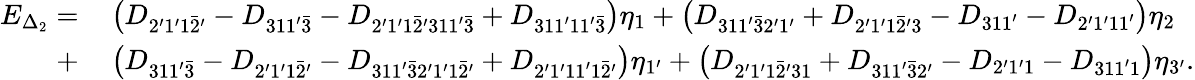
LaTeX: \begin{array}{rl}{E_{\Delta_{2}}=}&{{}\left({{D_{2^{\prime}1^{\prime}1\bar{2}^{\prime}}}-{D_{311^{\prime}\bar{3}}}-{D_{2^{\prime}1^{\prime}1\bar{2}^{\prime}311^{\prime}\bar{3}}}+{D_{311^{\prime}11^{\prime}\bar{3}}}}\right){\eta_{1}}+\left({{D_{311^{\prime}\bar{3}2^{\prime}1^{\prime}}}+{D_{2^{\prime}1^{\prime}1\bar{2}^{\prime}3}}-{D_{311^{\prime}}}-{D_{2^{\prime}1^{\prime}11^{\prime}}}}\right){\eta_{2}}}\\ {+}&{{}\left({{D_{311^{\prime}\bar{3}}}-{D_{2^{\prime}1^{\prime}1\bar{2}^{\prime}}}-{D_{311^{\prime}\bar{3}2^{\prime}1^{\prime}1\bar{2}^{\prime}}}+{D_{2^{\prime}1^{\prime}11^{\prime}1\bar{2}^{\prime}}}}\right){\eta_{1^{\prime}}}+\left({{D_{2^{\prime}1^{\prime}1\bar{2}^{\prime}31}}+{D_{311^{\prime}\bar{3}2^{\prime}}}-{D_{2^{\prime}1^{\prime}1}}-{D_{311^{\prime}1}}}\right){\eta_{3^{\prime}}}.}\end{array}